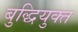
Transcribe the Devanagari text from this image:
बुद्धियुक्‍त